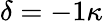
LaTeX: \delta=-1\kappa